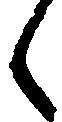
郎